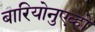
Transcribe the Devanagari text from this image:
बारियोनुएव्हो